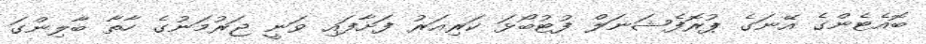
ބޮއެޓެންގެ އޭނަގެ ޕުރޮފެޝަނަލް ފުޓުބޯޅަ ކަރިއަރު ފަށާފައި ވަނީ ޖަރުމަނުގެ ހާތާ ބާލިންގަ